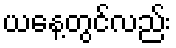
ယနေ့တွင်လည်း